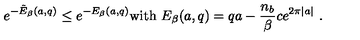
\left. e ^ { - \tilde { E } _ { \beta } ( a , q ) } \leq e ^ { - E _ { \beta } ( a , q ) } \mathrm { w i t h } \ E _ { \beta } ( a , q ) = q a - \frac { n _ { b } } { \beta } c e ^ { 2 \pi | a | } \ . \right.